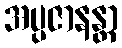
အပ္ပဇာနန္တာ